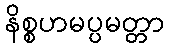
နိစ္စဟမပ္ပမတ္တာ